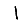
Digit: 1